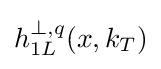
h_{1L}^{\bot ,q}(x,k_{T})